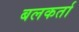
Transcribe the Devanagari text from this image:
बलकर्ता